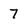
Character: 7